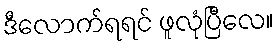
ဒီလောက်ရရင် ဖူလုံပြီလေ။